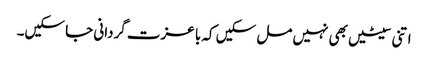
اتنی سیٹیں بھی نہیں مل سکیں کہ با عزت گردانی جا سکیں۔